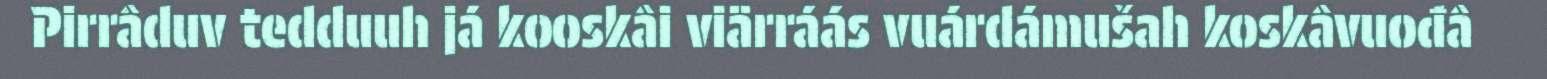
Pirrâduv tedduuh já kooskâi viärráás vuárdámušah koskâvuođâ